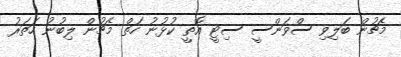
މެޗުން ބަލިވި ސްވަންސީ ސިޓީ އޮތީ ކުޅުނު ހަތް މެޗުން ލިބުނު ހަތަރު